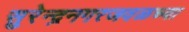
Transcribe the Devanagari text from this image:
सुरेन्द्रनगरजवळच्या